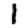
Digit: 1